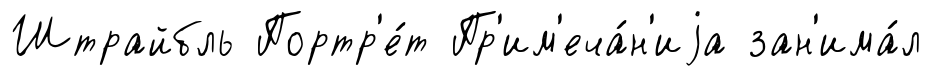
Штрайбль Портр'е́т Пр'им'еча́н'иjа зан'има́л